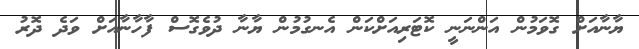
ޔާނާއަށް ގޮވަމުން އަންނަނީ ކޮޓަރިއަށްކަން އެނގުމުން ޔާނާ ދުވެގޮސް ފާހާނާއަށް ވަދެ ދޮރު